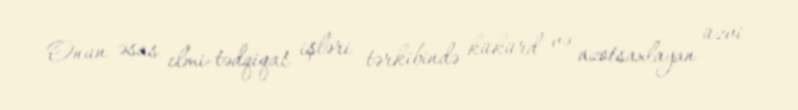
Onun əsas elmi-tədqiqat işləri tərkibində kükürd və azotsaxlayan üzvi